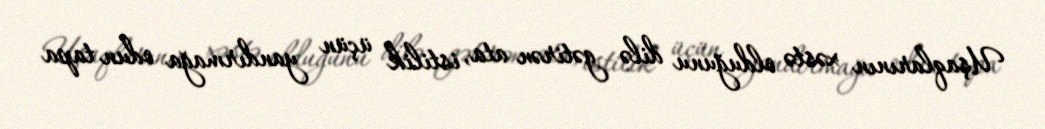
Uşaqlarının xəstə olduğunu dilə gətirən ata, istilik üçün yandırmağa odun tapa